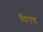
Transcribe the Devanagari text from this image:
दिएद